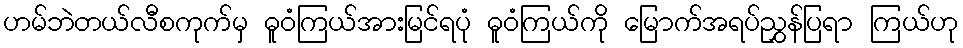
ဟမ်ဘဲတယ်လီစကုက်မှ ဓူဝံကြယ်အားမြင်ရပုံ ဓူဝံကြယ်ကို မြောက်အရပ်ညွှန်ပြရာ ကြယ်ဟု